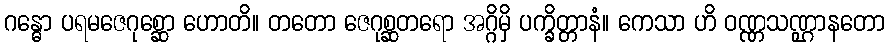
ဂန္ဓော ပရမဇေဂုစ္ဆော ဟောတိ။ တတော ဇေဂုစ္ဆတရော အဂ္ဂိမှိ ပက္ခိတ္တာနံ။ ကေသာ ဟိ ဝဏ္ဏသဏ္ဌာနတော